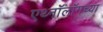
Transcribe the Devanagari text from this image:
एथ्नॉलॉगच्या